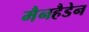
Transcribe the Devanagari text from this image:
मैनहैडेन